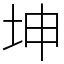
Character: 坤